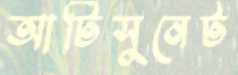
আর্টিসুনেট